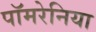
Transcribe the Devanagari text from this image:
पॉमरेनिया